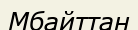
Мбайттан